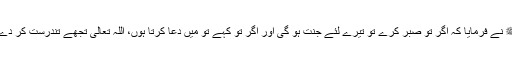
آپﷺ نے فرمایا کہ اگر تو صبر کرے تو تیرے لئے جنت ہو گی اور اگر تو کہے تو میں دعا کرتا ہوں، اللہ تعالیٰ تجھے تندرست کر دے گا۔